Indian journal of veterinary science and animal husbandry - Volume 5,
Year: 1935
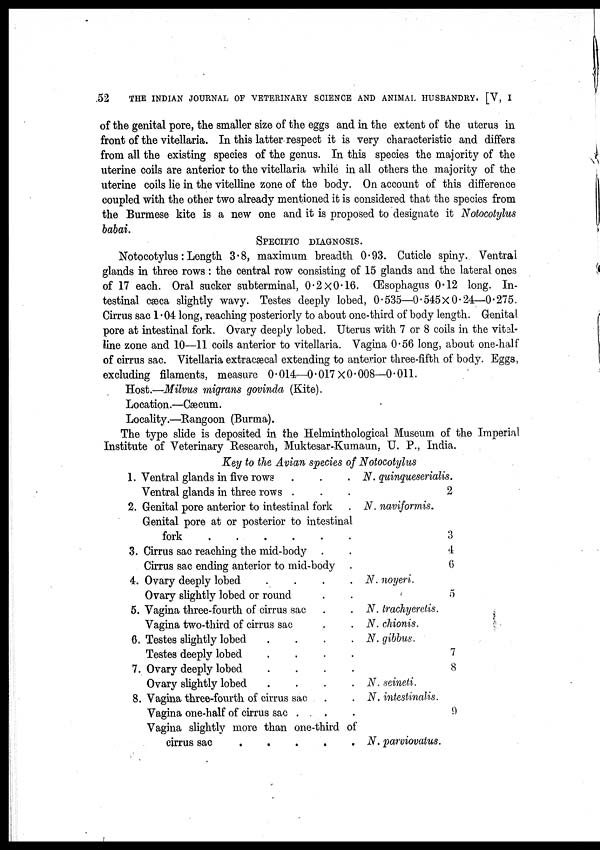
52
THE INDIAN JOURNAL OF VETERINARY SCIENCE AND ANIMAL HUSBANDRY. [V, I
of the genital pore, the smaller size of the eggs and in the extent of the uterus in
front of the vitellaria. In this latter respect it is very characteristic and differs
from all the existing species of the genus. In this species the majority of the
uterine coils are anterior to the vitellaria while in all others the majority of the
uterine coils lie in the vitelline zone of the body. On account of this difference
coupled with the other two already mentioned it is considered that the species from
the Burmese kite is a new one and it is proposed to designate it Notocotylus
babai.
SPECIFIC DIAGNOSIS.
Notocotylus: Length 3.8, maximum breadth 0.93. Cuticle spiny. Ventral
glands in three rows: the central row consisting of 15 glands and the lateral ones
of 17 each. Oral sucker subterminal, 0.2 × 0.16. Œsophagus 0.12 long. In-
testinal cæca slightly wavy. Testes deeply lobed, 0.535—0.545 × 0.24—0.275.
Cirrus sac 1.04 long, reaching posteriorly to about one-third of body length. Genital
pore at intestinal fork. Ovary deeply lobed. Uterus with 7 or 8 coils in the vital-
line zone and 10—11 coils anterior to vitellaria. Vagina 0.56 long, about one-half
of cirrus sac. Vitellaria extracæcal extending to anterior three-fifth of body. Eggs,
excluding filaments, measure 0.014—0.017 × 0.008—0.011.
Host.—Milvus migrans govinda (Kite).
Location.—Cæcum.
Locality.—Rangoon (Burma).
The type slide is deposited in the Helminthological Museum of the Imperial
Institute of Veterinary Research, Muktesar-Kumaun, U. P., India.
Key to the Avian species of Notocotylus
1.
2.
3.
4.
5.
6.
7.
8.
Ventral glands in five rows . . .
Ventral glands in three rows . . .
Genital pore anterior to intestinal fork .
Genital pore at or posterior to intestinal
fork
.
.
.
.
.
.
Cirrus sac reaching the mid-body . .
Cirrus sac ending anterior to mid-body
Ovary deeply lobed . . . .
Ovary slightly lobed or round . .
Vagina three-fourth of cirrus sac . .
Vagina two-third of cirrus sac . .
Testes slightly lobed . . . .
Testes deeply lobed . . . .
Ovary deeply lobed . . . .
Ovary slightly lobed . . . .
Vagina three-fourth of cirrus sac . .
Vagina one-half of cirrus sac . . .
Vagina slightly more than one-third of
cirrus sac
.
.
.
.
.
N. quinqueserialis.
2
N. naviformis.
3
4
6
N. noyeri.
5
N. trachyeretis.
N. chionis.
N. gibbus.
7
8
N. seineti.
N. intestinalis.
9
N. parviovatus.